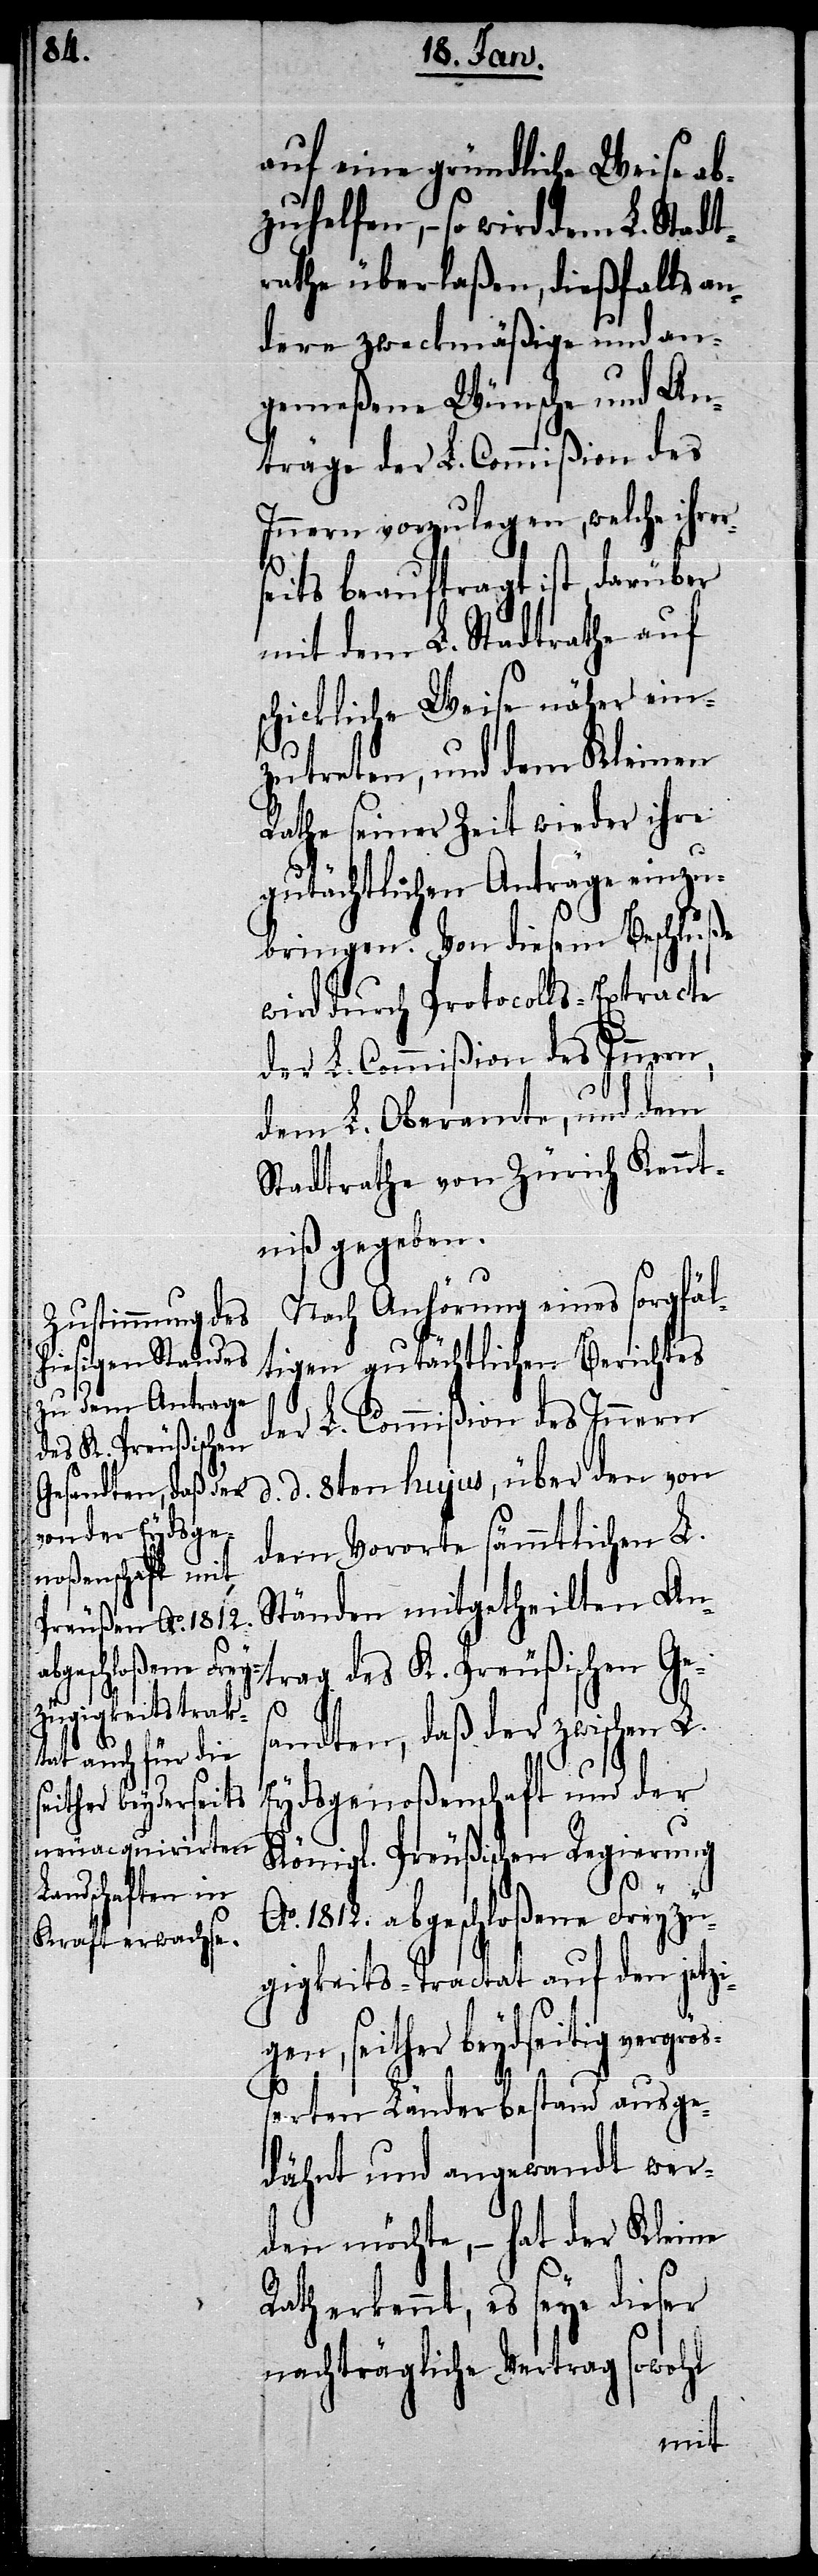
g¬

auf eine gründliche Weise ab¬
zuhelfen, – so wird dem L. Stadt¬
rathe überlaßen, dießfalls an¬
dere zweckmäßige und an¬
gemeßene Wünsche und An¬
träge der L. Commißion des
Innern vorzulegen, welche ihrer¬
seits beauftragt ist, darüber
mit dem L. Stadtrathe auf
schickliche Weise näher ein¬
zutreten, und dem Kleinen
Rathe seiner Zeit wieder ihre
gutächtlichen Anträge einzu¬
bringen. Von diesem Beschluße
wird durch Protocolls-Extracte
der L. Commißion des Innern
dem L. Oberamte, und dem
Stadtrathe von Zürich Kennt¬
niß gegeben.
Nach Anhörung eines sorgfäl¬
tigen gutächtlichen Berichtes
d. d. 8ten hujus, über den von
dem Vororte sämmtlichen L.
Ständen mitgetheilten An¬
trag des K. Preußischen Ges¬
andten, daß der zwischen L.
Eydsgenoßenschaft und der
Königl. Preußischen Regierung
größ¬
Ao. 1812. abgeschloßene Freyzü¬
gigkeits-Tractat auf den jetzi¬
en, seither beydseitig ver¬
erten Länderbestand ausge¬
dähnt und angewandt wer¬
den möchte, – hat der Kleine
erkennt, es seye dieser
nachträgliche Vertrag sowohl